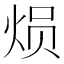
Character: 𤈶